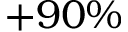
+ 9 0 \%